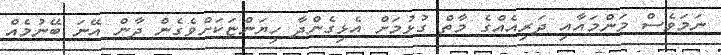
ނަމަވެސް މަންމައާއި ދަރިއެއްގެ މާތް ގުޅުމަށް އެޅިގެންދާ ހިޔަންޏަކަށްވެގެން ދާން އޭނަ ބޭނުމެއް